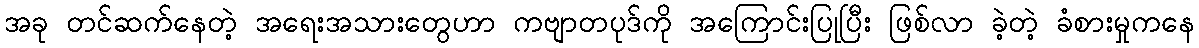
အခု တင်ဆက်နေတဲ့ အရေးအသားတွေဟာ ကဗျာတပုဒ်ကို အကြောင်းပြုပြီး ဖြစ်လာ ခဲ့တဲ့ ခံစားမှုကနေ